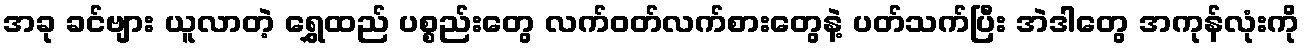
အခု ခင်ဗျား ယူလာတဲ့ ရွှေထည် ပစ္စည်းတွေ လက်ဝတ်လက်စားတွေနဲ့ ပတ်သက်ပြီး အဲဒါတွေ အကုန်လုံးကို